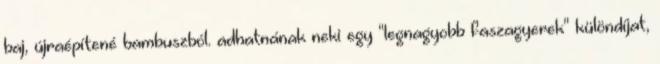
baj, újraépítené bambuszból. adhatnának neki egy "legnagyobb faszagyerek" különdíjat,